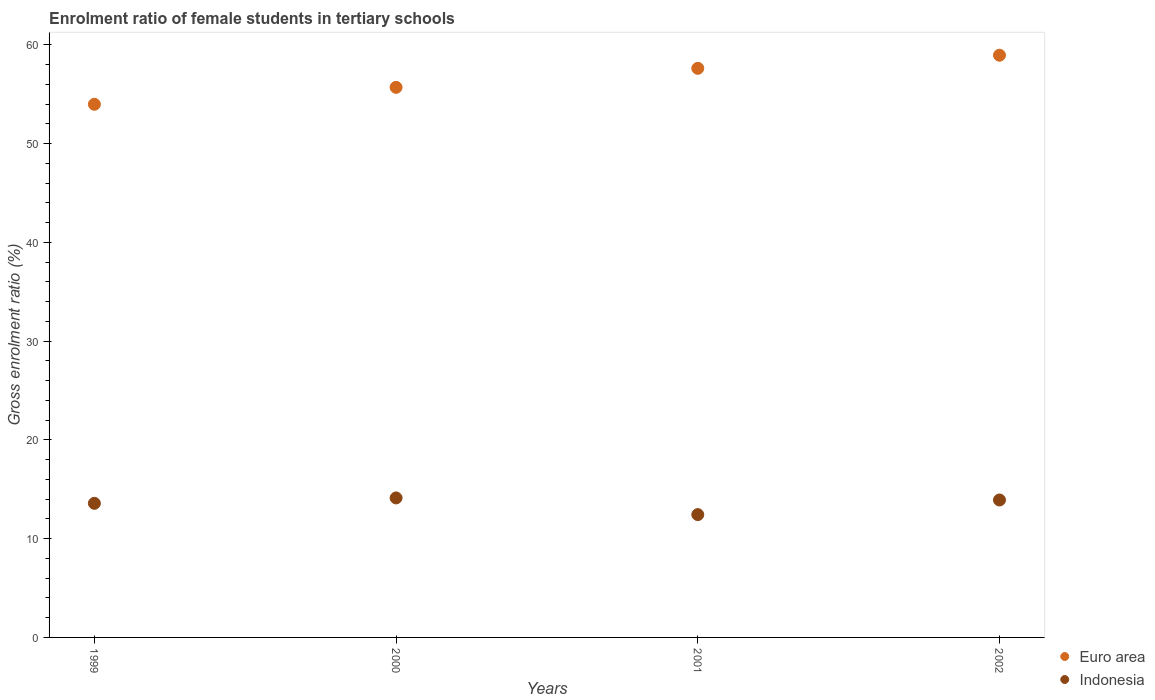
| Years | Euro area | Indonesia |
 | --- | --- | --- |
 | 1999 | 54 | 13.6 |
 | 2000 | 55.7 | 14.1 |
 | 2001 | 57.6 | 12.4 |
 | 2002 | 59 | 13.9 |